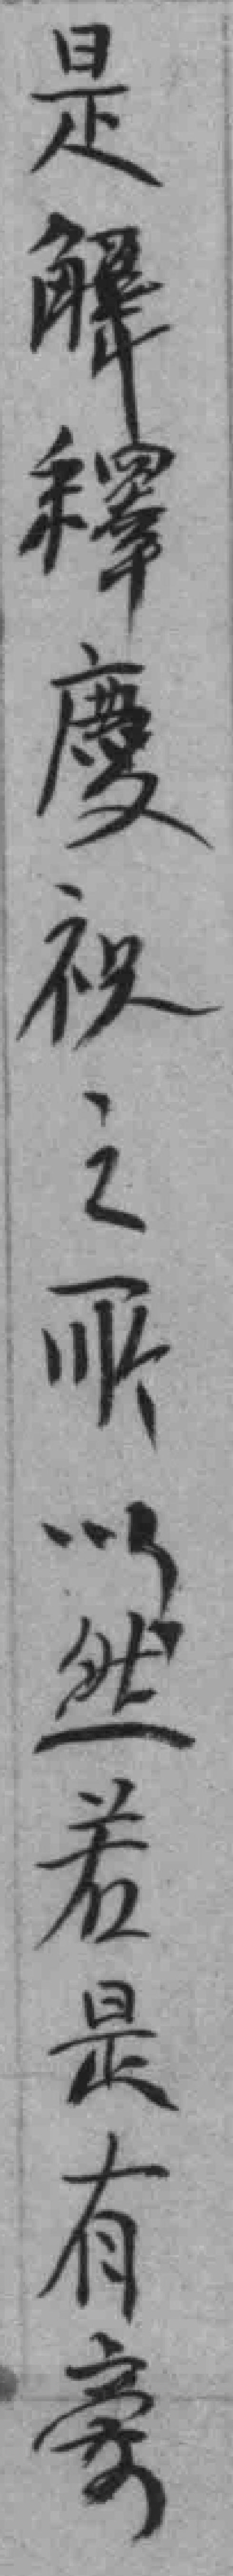
是解釋慶祝之所以然若是有旁